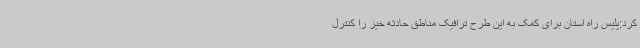
کرد:پلیس راه استان برای کمک به این طرح ترافیک مناطق حادثه خیز را کنترل